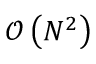
\mathcal { O } \left( N ^ { 2 } \right)